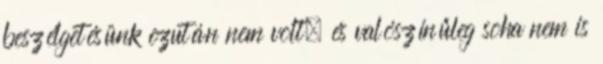
beszélgetésünk ezután nem volt, és valószínűleg soha nem is